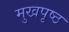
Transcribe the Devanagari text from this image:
मुखपृष्‍ठ